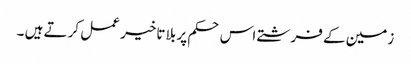
زمین کے فرشتے اس حکم پر بلا تاخیر عمل کرتے ہیں ۔